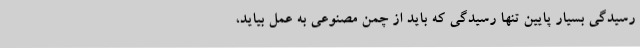
رسیدگی بسیار پایین تنها رسیدگی که باید از چمن مصنوعی به عمل بیاید،